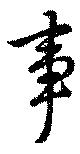
事